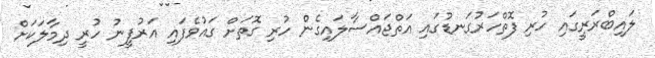
ލައިބްރަރީގައި ހުރި ފޮތްހަރުގަނޑުގައި އަތްޖައްސާލައިގެން ހުރި ގޮތަށް ގައުވެފައި އަރުފީނު ހުރީ ދިމާލަކަށް